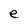
Character: e